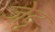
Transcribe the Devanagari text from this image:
जेदृ